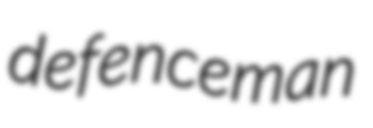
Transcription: defenceman